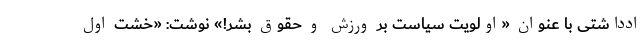
ادداشتی با عنوان «اولویت سیاست بر ورزش و حقوق بشر!» نوشت: «خشت اول